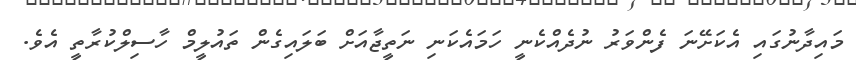
މައިދާނުގައި އެކަށޭނަ ފެންވަރު ނުދެއްކެނީ ހަމައެކަނި ނަތީޖާއަށް ބަލައިގެން ތައުލީމް ހާސިލްކުރާތީ އެވެ.